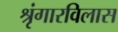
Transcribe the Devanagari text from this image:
श्रृंगारविलास